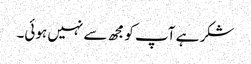
شکر ہے آپ کو مجھ سے نہیں ہوئی۔